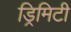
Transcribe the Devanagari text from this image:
ड्रिमिटी